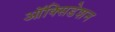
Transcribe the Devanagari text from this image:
ऑक्सिडेशन